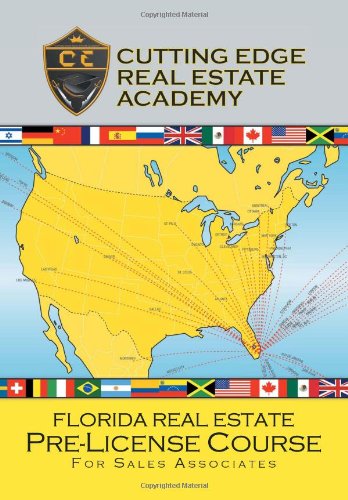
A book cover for Florida Real Estate Pre-License Course For Sales Associates; Cutting Edge Real Estate Academy; Business & Money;